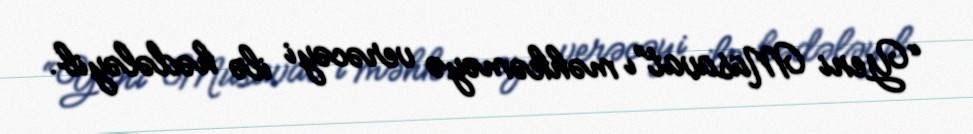
“Yeni Müsavat”ı məhkəməyə verəcəyi ilə hədələyib.